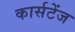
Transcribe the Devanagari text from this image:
कार्सटेंज